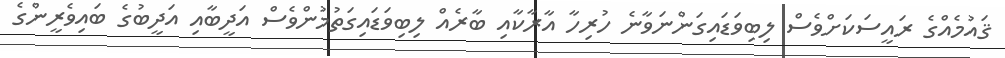
ޤައުމެއްގެ ރައީސަކަށްވެސް ލިބިވަޑައިގަންނަވާނެ ހުރިހާ އާރާކާއި ބާރެއް ލިބިވަޑައިގަތުމުންވެސް އަދީބާއި އަދީބުގެ ބައިވެރީންގެ